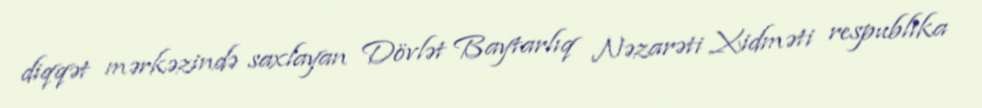
diqqət mərkəzində saxlayan Dövlət Baytarlıq Nəzarəti Xidməti respublika